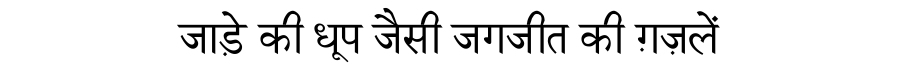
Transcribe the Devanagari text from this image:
जाड़े की धूप जैसी जगजीत की ग़ज़लें